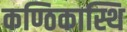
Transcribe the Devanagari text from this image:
कण्ठिकास्थि